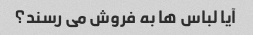
آیا لباس ها به فروش می رسند؟